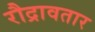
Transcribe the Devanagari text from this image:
रौद्रावतार